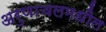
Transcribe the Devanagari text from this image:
अरुणाचलमधील